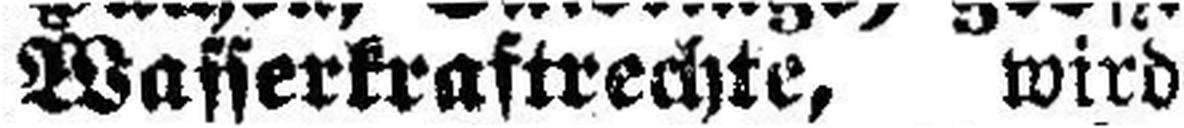
Wasserkraftrechte, wird